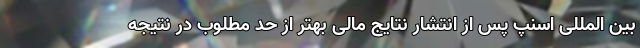
بین المللی اسنپ پس از انتشار نتایج مالی بهتر از حد مطلوب در نتیجه